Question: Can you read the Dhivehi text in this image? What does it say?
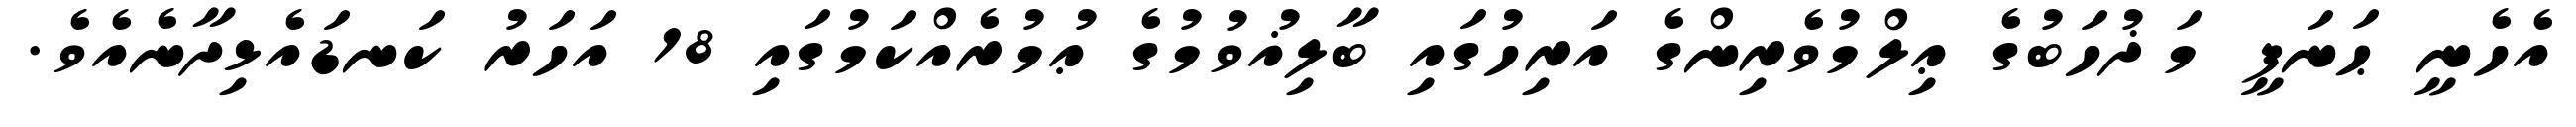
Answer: އެހެނީ ޙަނަފީ މަޛުހަބުގެ ޢިލްމުވެރިންގެ އަރިހުގައި ބާލިޣުވުމުގެ ޢުމުރެއްކަމުގައި 18 އަހަރު ކަނޑައެޅިދާނެއެވެ.